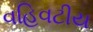
વહિવટીય